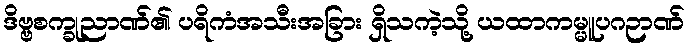
ဒိဗ္ဗစက္ခုညာဏ်၏ ပရိကံအသီးအခြား ရှိသကဲ့သို့ ယထာကမ္မူပဂဉာဏ်